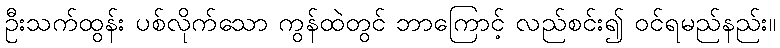
ဦးသက်ထွန်း ပစ်လိုက်သော ကွန်ထဲတွင် ဘာကြောင့် လည်စင်း၍ ဝင်ရမည်နည်း။